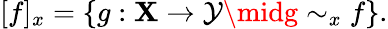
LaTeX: [f]_{x}=\{ g:\mathbf{X}\to\mathcal{Y}\midg\sim_{x}f\} .